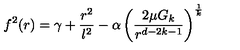
f ^ { 2 } ( r ) = \gamma + \frac { r ^ { 2 } } { l ^ { 2 } } - \alpha \left( \frac { 2 \mu G _ { k } } { r ^ { d - 2 k - 1 } } \right) ^ { \frac { 1 } { k } }